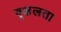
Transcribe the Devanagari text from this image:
वृक्षलता